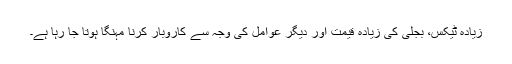
زیادہ ٹیکس، بجلی کی زیادہ قیمت اور دیگر عوامل کی وجہ سے کاروبار کرنا مہنگا ہوتا جا رہا ہے۔